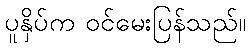
ပူနှိပ်က ဝင်မေးပြန်သည်။